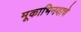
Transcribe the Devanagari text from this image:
मूकाभिनयाचे